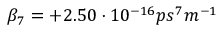
\beta _ { 7 } = + 2 . 5 0 \cdot 1 0 ^ { - 1 6 } p s ^ { 7 } m ^ { - 1 }